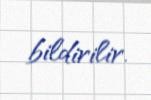
bildirilir.